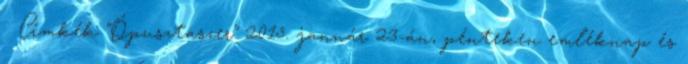
Címkék "Ópusztaszer" 2015. január 23-án, pénteken emléknap és